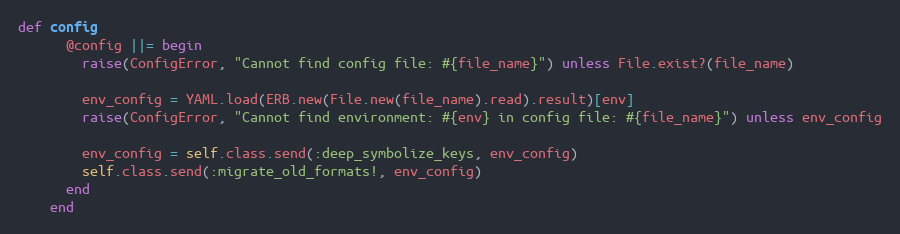
Language: Ruby
def config
      @config ||= begin
        raise(ConfigError, "Cannot find config file: #{file_name}") unless File.exist?(file_name)

        env_config = YAML.load(ERB.new(File.new(file_name).read).result)[env]
        raise(ConfigError, "Cannot find environment: #{env} in config file: #{file_name}") unless env_config

        env_config = self.class.send(:deep_symbolize_keys, env_config)
        self.class.send(:migrate_old_formats!, env_config)
      end
    end